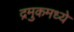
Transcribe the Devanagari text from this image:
द्रमुकमध्ये